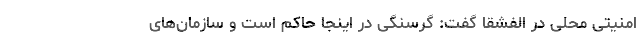
امنیتی محلی در الفشقا گفت: گرسنگی در اینجا حاکم است و سازمان‌های